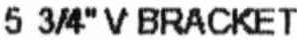
5 3/4" V BRACKET